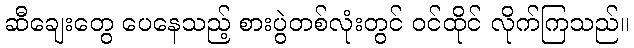
ဆီချေးတွေ ပေနေသည့် စားပွဲတစ်လုံးတွင် ဝင်ထိုင် လိုက်ကြသည်။